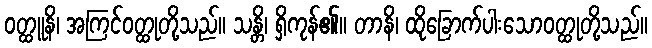
ဝတ္ထူနိ၊ အကြင်ဝတ္ထုတို့သည်။ သန္တိ၊ ရှိကုန်၏။ တာနိ၊ ထိုခြောက်ပါးသောဝတ္ထုတို့သည်။